Lunatic asylums Bombay report 1891-1903 - 1891-1903
Year: 1891
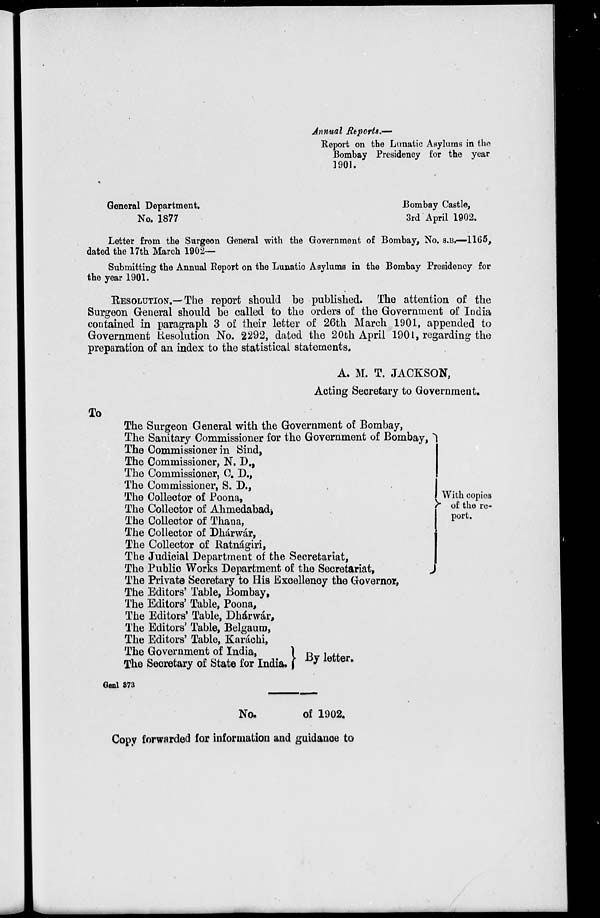
Annual Reports.—
Report on the Lunatic Asylums in the
Bombay Presidency for the year
1901.
General
Department.
Bombay Castle,
No. 1877
3rd April 1902.
Letter from the Surgeon General with the Government of Bombay, No. S.B.—1165,
dated the 17th March 1902—
Submitting the Annual Report on the Lunatic Asylums in the Bombay Presidency for
the year 1901.
RESOLUTION.—
The report should be published. The attention of the
Surgeon General should be called to the orders of the Government of India
contained in paragraph 3 of their letter of 26th March 1901, appended to
Government Resolution No. 2292, dated the 20th April 1901, regarding the
preparation of an index to the statistical statements.
A. M. T. JACKSON,
Acting Secretary to Government.
To
The Surgeon General with the Government of Bombay,
The Sanitary Commissioner for the Government of Bombay,
The Commissioner in Sind,
The Commissioner, N. D.,
The Commissioner, C. D.,
The Commissioner, S. D.,
The Collector of Poona,
The Collector of
Ahmedabad,
The Collector of Thana,
The Collector of Dhárwár,
The Collector of Ratnágiri,
The Judicial Department of the Secretariat,
The Public Works Department of the Secretariat,
With copies
of the re-
port.
The Private Secretary to His Excellency the Governor,
The Editors' Table, Bombay,
The Editors' Table, Poona,
The Editors' Table, Dhárwár,
The Editors' Table, Belgaum,
The Editors' Table, Karáchi,
The Government of India,
The Secretary of State for India. By letter.
Genl 373
No.
of 1902.
Copy forwarded for information and guidance to